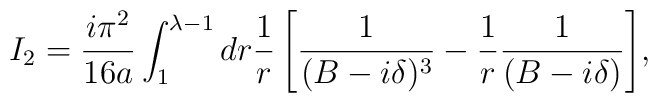
I_2 ={ i\pi^2 \over 16a}\int_1^{\lambda - 1}{dr{1 \over r} \left[ {1 \over (B- i\delta)^3} - {1 \over r}{1 \over (B - i\delta)}\right]},